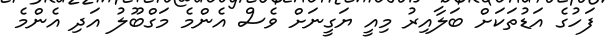
ފަހުގެ އަޑުތަކަށް ބަލާއިރު މިއީ ޔަގީނަށް ވެސް އެންމެ މަގްބޫލު އަދި އެންމެ